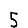
Digit: 5